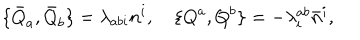
\{ \bar { Q } _ { a } , \bar { Q } _ { b } \} = \lambda _ { a b i } n ^ { i } , \quad \{ Q ^ { a } , Q ^ { b } \} = - \lambda _ { i } ^ { a b } \bar { n } ^ { i } ,